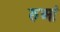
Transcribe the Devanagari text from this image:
रुआं